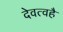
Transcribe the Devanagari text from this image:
देवत्वहै